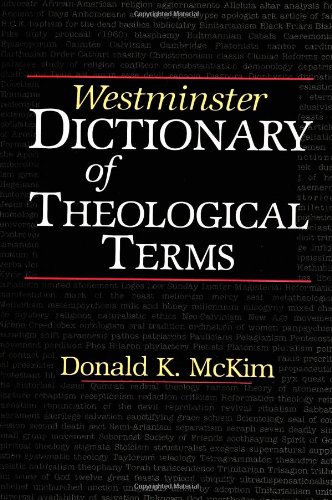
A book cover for Westminster Dictionary of Theological Terms; Donald K. McKim; Christian Books & Bibles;